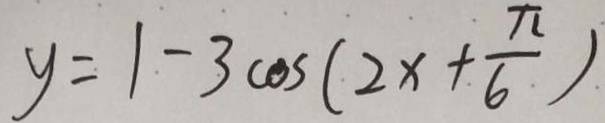
y = 1 \vert - 3 \cos ( 2 x + \frac { \pi } { 6 } )